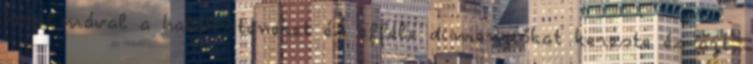
hatalmával a halálisteneket és efféle dimenziókat kereste és azt,